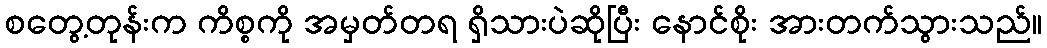
စတွေ့တုန်းက ကိစ္စကို အမှတ်တရ ရှိသားပဲဆိုပြီး နောင်စိုး အားတက်သွားသည်။